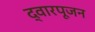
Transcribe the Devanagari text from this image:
द्वारपूजन